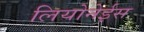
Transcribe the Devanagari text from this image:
लियोनेईस